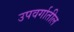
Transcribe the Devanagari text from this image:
उपवर्गातील